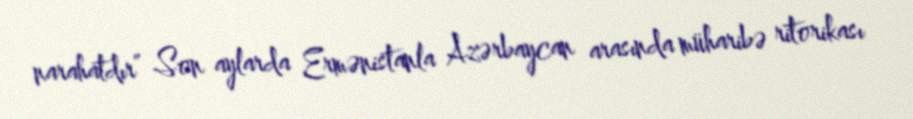
narahatdır” Son aylarda Ermənistanla Azərbaycan arasında müharibə ritorikası